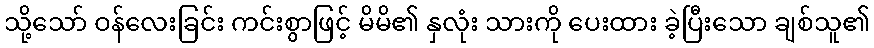
သို့သော် ဝန်လေးခြင်း ကင်းစွာဖြင့် မိမိ၏ နှလုံး သားကို ပေးထား ခဲ့ပြီးသော ချစ်သူ၏